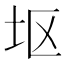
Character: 𫭟